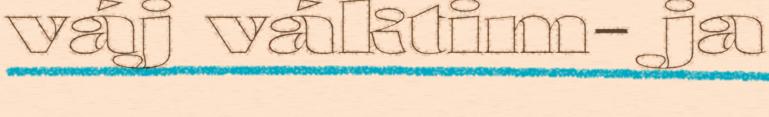
váj váktim- ja